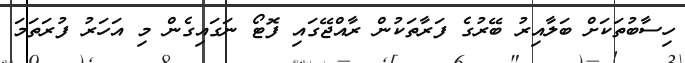
ހިސާބުތަކަށް ބަލާއިރު ބޭރުގެ ފަރާތަކުން ރާއްޖޭގައި ފޮޓޯ ނަގައިގެން މި އަހަރު ފުރަތަމަ